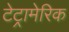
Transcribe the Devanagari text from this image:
टेट्रामेरिक